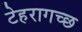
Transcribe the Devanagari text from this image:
टेहरागच्छ